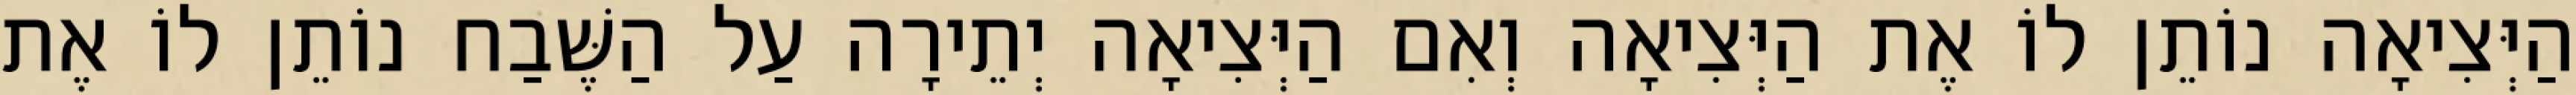
הַיְּצִיאָה נוֹתֵן לוֹ אֶת הַיְּצִיאָה וְאִם הַיְּצִיאָה יְתֵירָה עַל הַשֶּׁבַח נוֹתֵן לוֹ אֶת